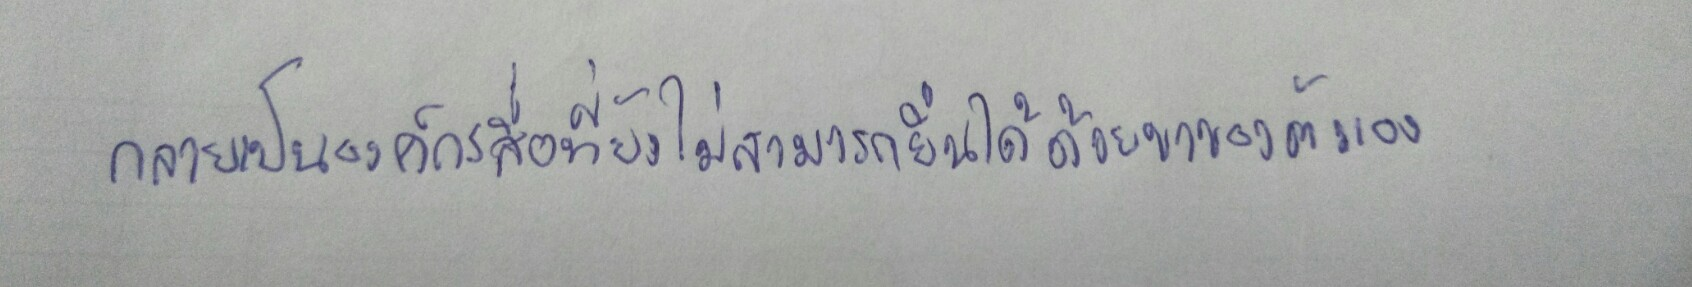
กลายเป็นองค์กรสื่อที่ยังไม่สามารถยืนได้ด้วยขาของตัวเอง